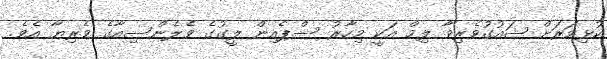
ކުޅިވަރަށް ޝައުުގުވެރިވާ ލިމް އަކީ މިހާރު ސްޕެއިން ލީގުގެ ވެލެންސިއާގެ ވެރިޔާ އެވެ.